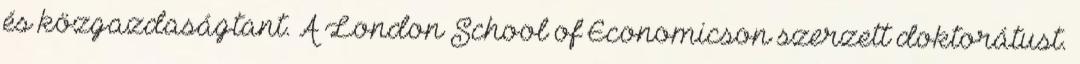
és közgazdaságtant. A London School of Economicson szerzett doktorátust.